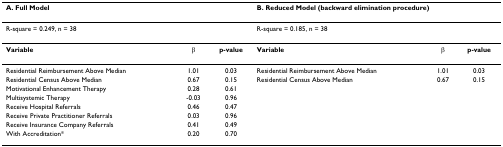
| <COLSPAN=3> A. Full Model | <COLSPAN=3> B. Reduced Model (backward elimination procedure) |
 | --- | --- | --- | --- | --- | --- |
 | <COLSPAN=3> R-square = 0.249, n = 38 | <COLSPAN=3> R-square = 0.185, n = 38 |
 | Variable | β | p-value | Variable | β | p-value |
 | Residential Reimbursement Above Median | 1.01 | 0.03 | Residential Reimbursement Above Median | 1.01 | 0.03 |
 | Residential Census Above Median | 0.67 | 0.15 | Residential Census Above Median | 0.67 | 0.15 |
 | Motivational Enhancement Therapy | 0.28 | 0.61 |  |  |  |
 | Multisystemic Therapy | -0.03 | 0.96 |  |  |  |
 | Receive Hospital Referrals | 0.46 | 0.47 |  |  |  |
 | Receive Private Practitioner Referrals | 0.03 | 0.96 |  |  |  |
 | Receive Insurance Company Referrals | 0.41 | 0.49 |  |  |  |
 | With Accreditation* | 0.20 | 0.70 |  |  |  |